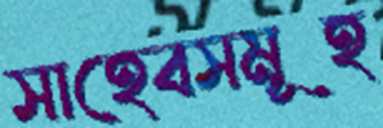
সাহেবসমূহ